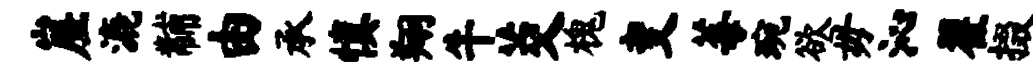
崖漉黼由承慎翔牛茭槐变莓琬欲毋沁翟掇